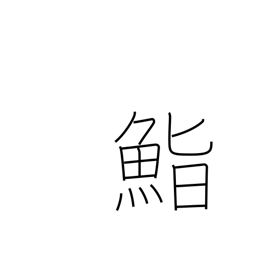
Meaning: seasoned rice